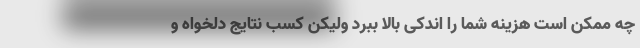
چه ممکن است هزینه شما را اندکی بالا ببرد ولیکن کسب نتایج دلخواه و